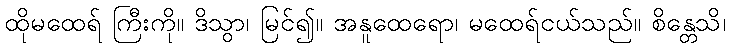
ထိုမထေရ် ကြီးကို။ ဒိသွာ၊ မြင်၍။ အနူထေရော၊ မထေရ်ငယ်သည်။ စိန္တေသိ၊